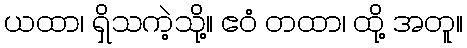
ယထာ၊ ရှိသကဲ့သို့။ ဧဝံ တထာ၊ ထို့ အတူ။